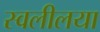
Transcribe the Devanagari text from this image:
स्वलीलया